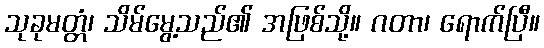
သုခုမတ္တံ၊ သိမ်မွေ့သည်၏ အဖြစ်သို့။ ဂတာ၊ ရောက်ပြီ။